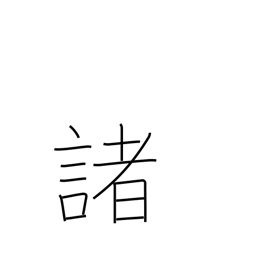
Meaning: many